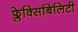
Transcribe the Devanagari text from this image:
फ्लेक्सिबिलिटी